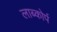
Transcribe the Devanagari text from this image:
लाब्कोर्प